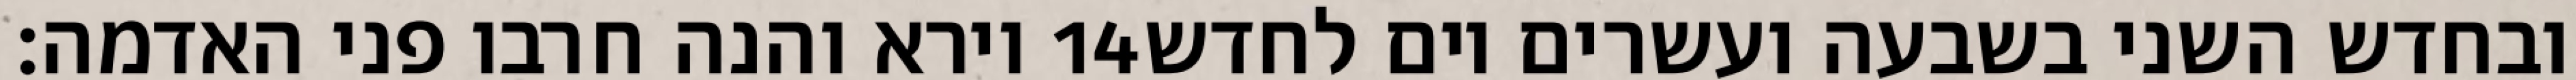
וירא והנה חרבו פני האדמה׃ ‎14‏ ובחדש השני בשבעה ועשרים יום לחדש